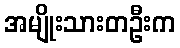
အမျိုးသားတဦးက